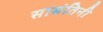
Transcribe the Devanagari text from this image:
सामंतिनी